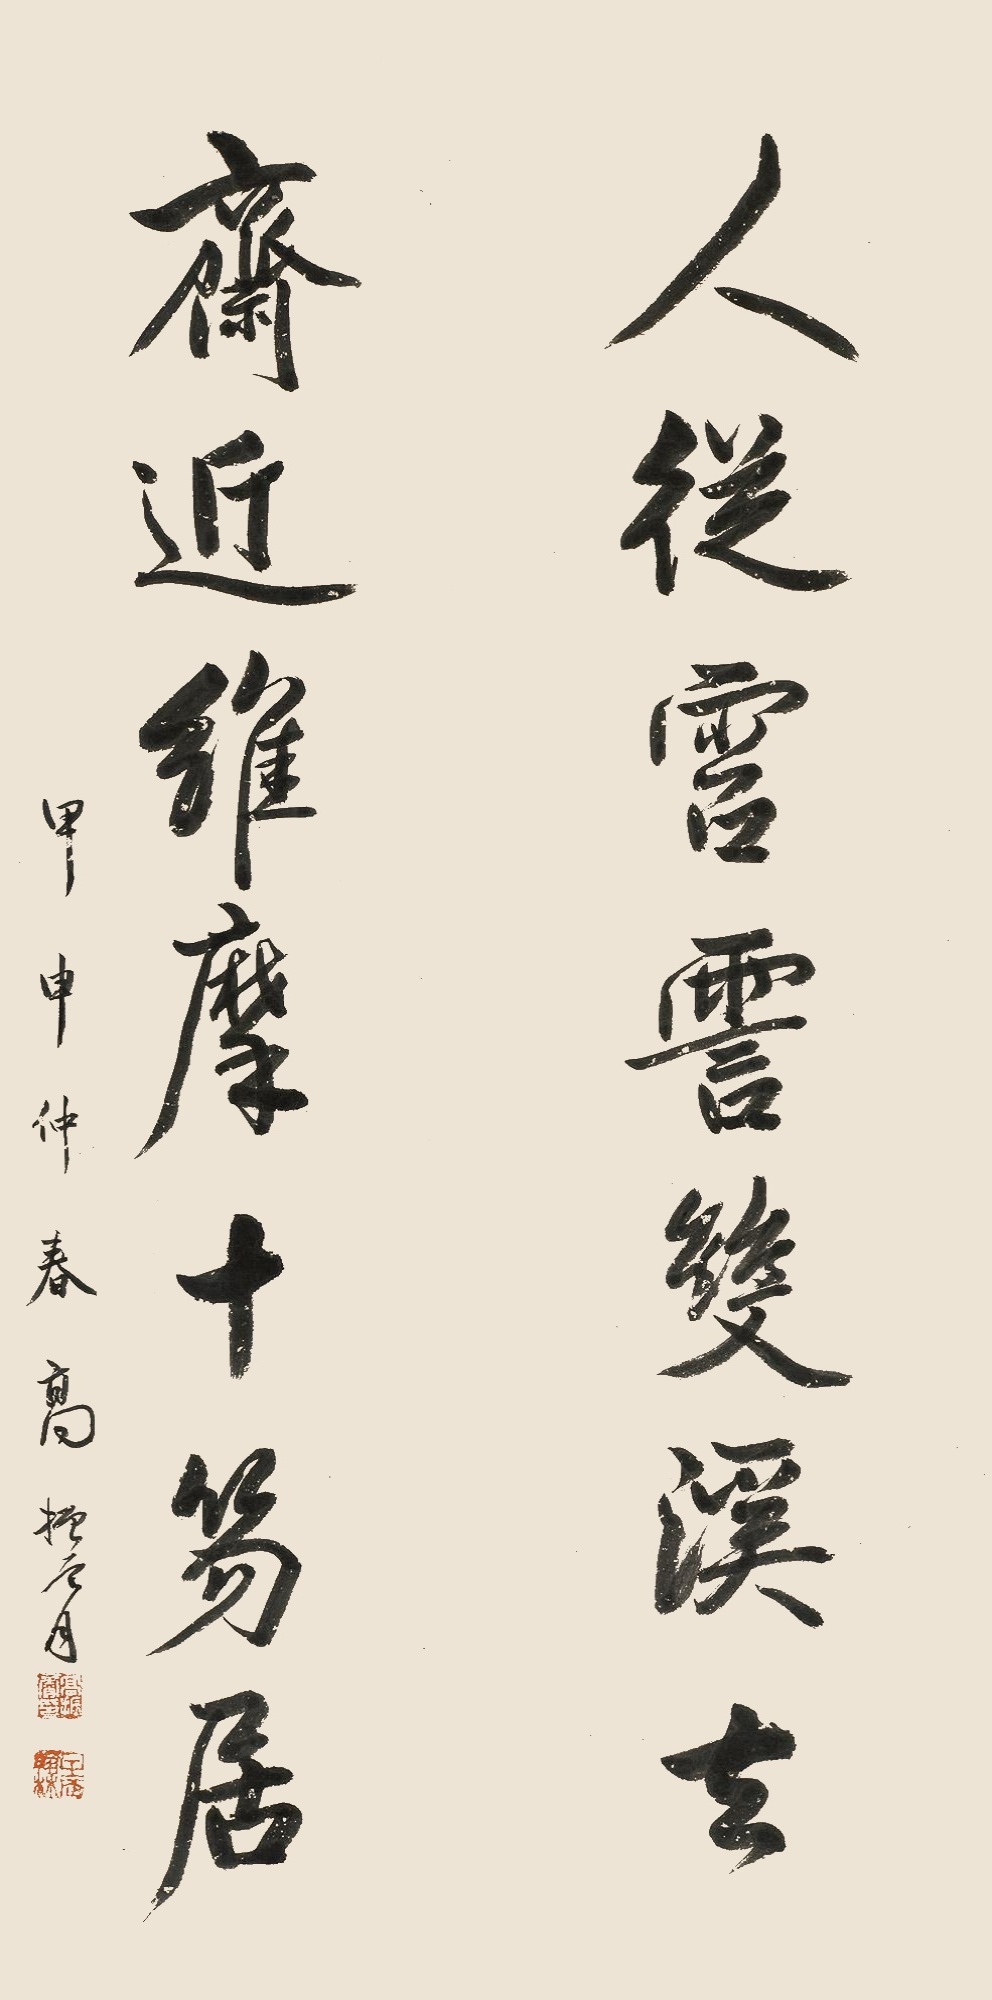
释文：人从雷霅双溪去，齐近维摩十笏居。甲申仲春高振霄。